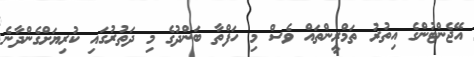
އޭޖެންޓުންގެ އިތުރު ތަމްރީންތައް ވެސް މި ހަފްތާ ބަންދުގެ މި ދަތުރުގައި ކުރިޔަށްގެންދާނެ